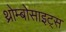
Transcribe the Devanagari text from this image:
थ्रोम्बोसाइट्स